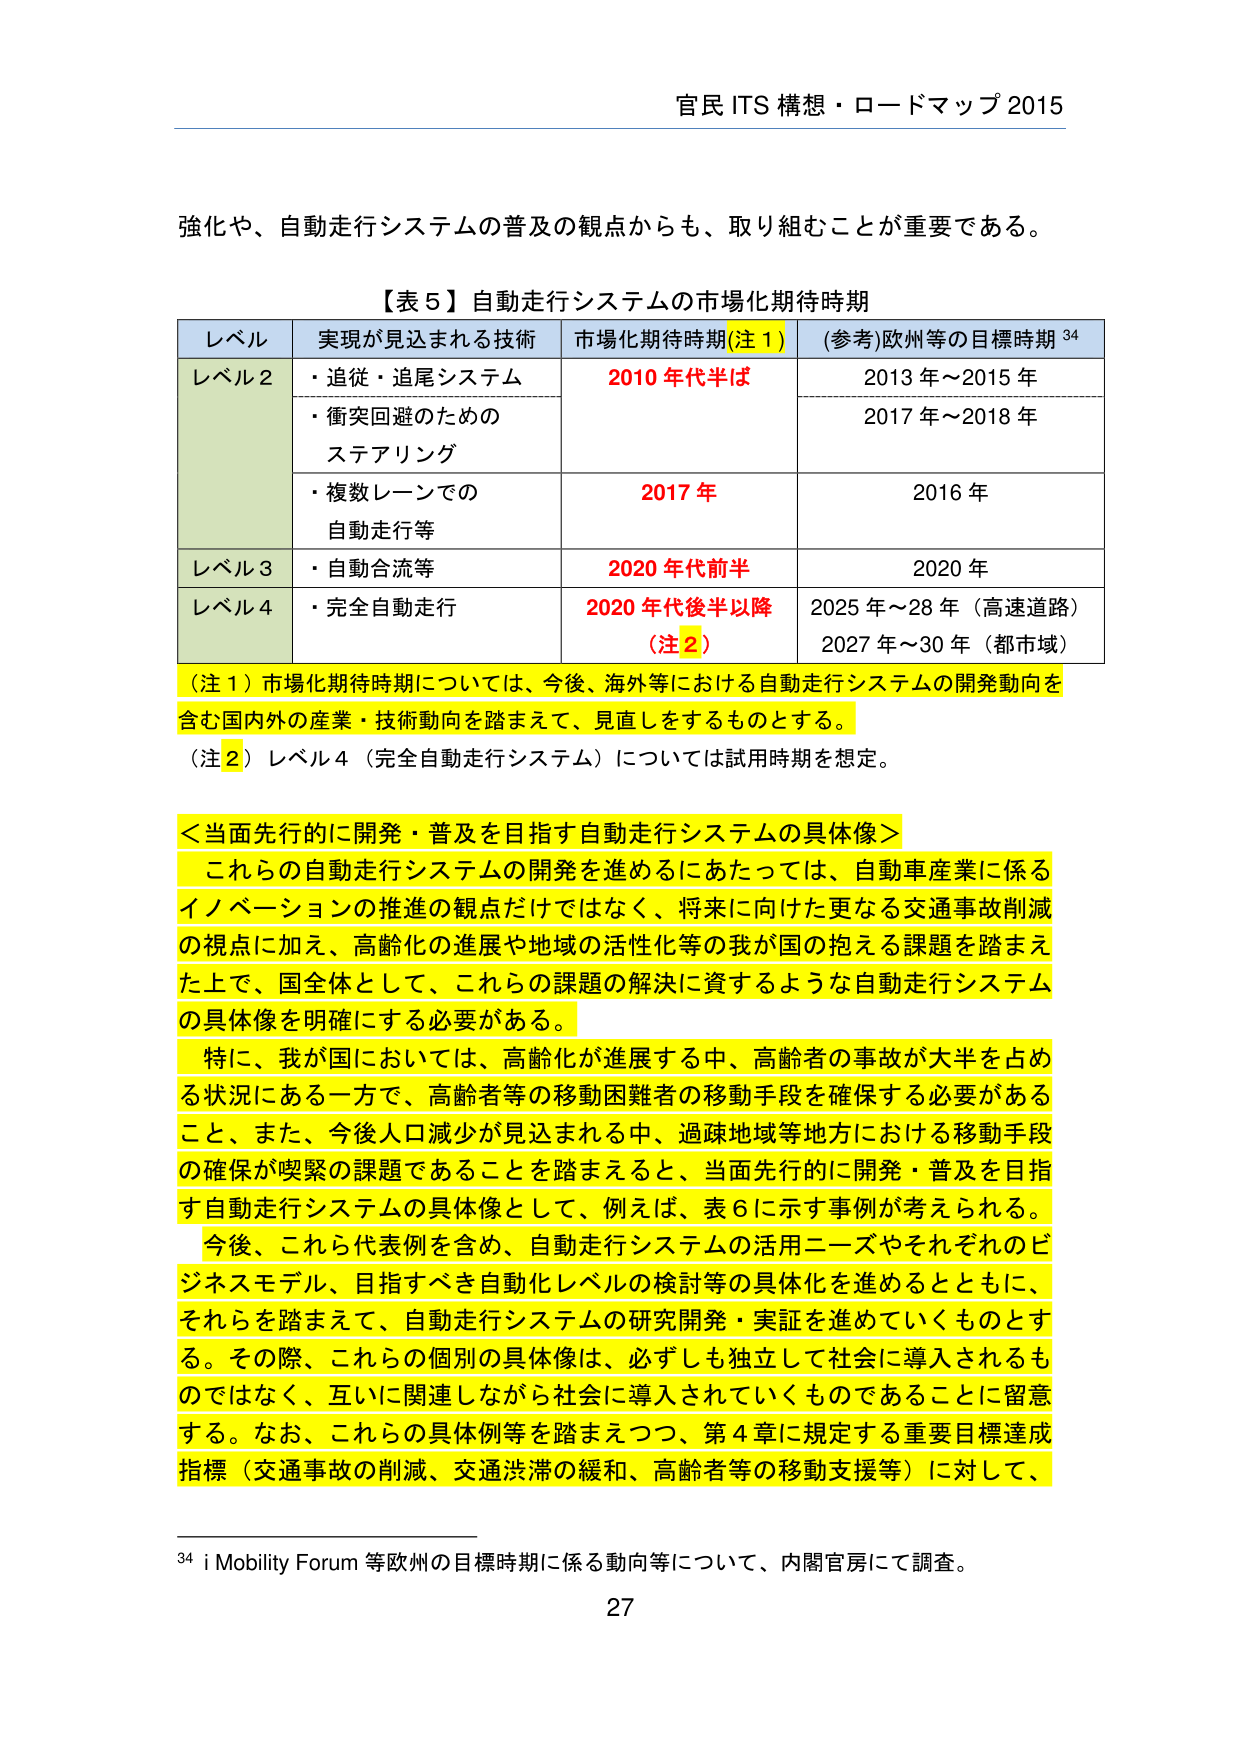
官民 ITS 構想・ロードマップ 2015

強化や、自動走行システムの普及の観点からも、取り組むことが重要である。

【表５】自動走行システムの市場化期待時期

レベル 実現が見込まれる技術 市場化期待時期（注１） （参考）欧州等の目標時期 34

レベル２ ・追従・追尾システム 2010年代半ば 2013年～2015年
　　　　・衝突回避のための